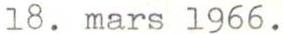
18. mars 1966.